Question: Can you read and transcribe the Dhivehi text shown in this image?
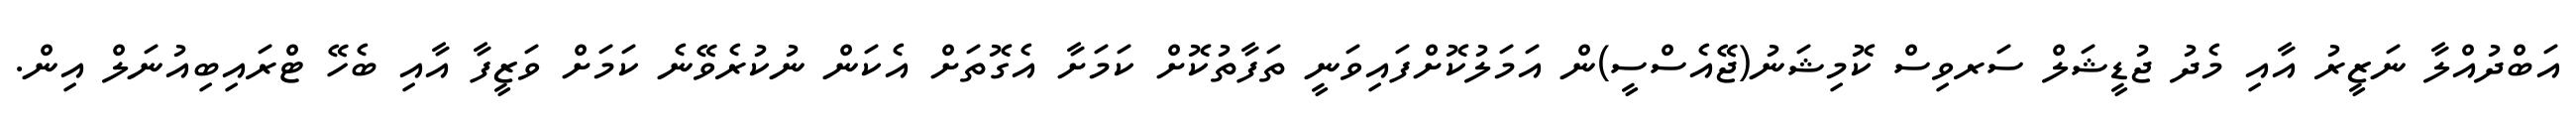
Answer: އަބްދުއްލާ ނަޒީރު އާއި މެދު ޖުޑީޝަލް ސަރވިސް ކޮމިޝަނު(ޖޭއެސްސީ)ން އަމަލުކޮށްފައިވަނީ ތަފާތުކޮށް ކަމަށާ އެގޮތަށް އެކަން ނުކުރެވޭނެ ކަމަށް ވަޒީފާ އާއި ބެހޭ ޓްރައިބިއުނަލް އިން.